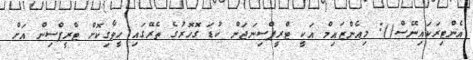
އެންޓިރަކައިނޭސް(): މިއެންޒައިމް އަކީ ޓްރީޕްސިނަޖަން ކުޑަ ގޮހޮރުގެ ތެރޭގައި ހީވާގިކޮށް ޓްރީޕްސިން އަށް